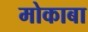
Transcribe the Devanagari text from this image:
मोकाबा